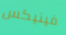
فينيكس